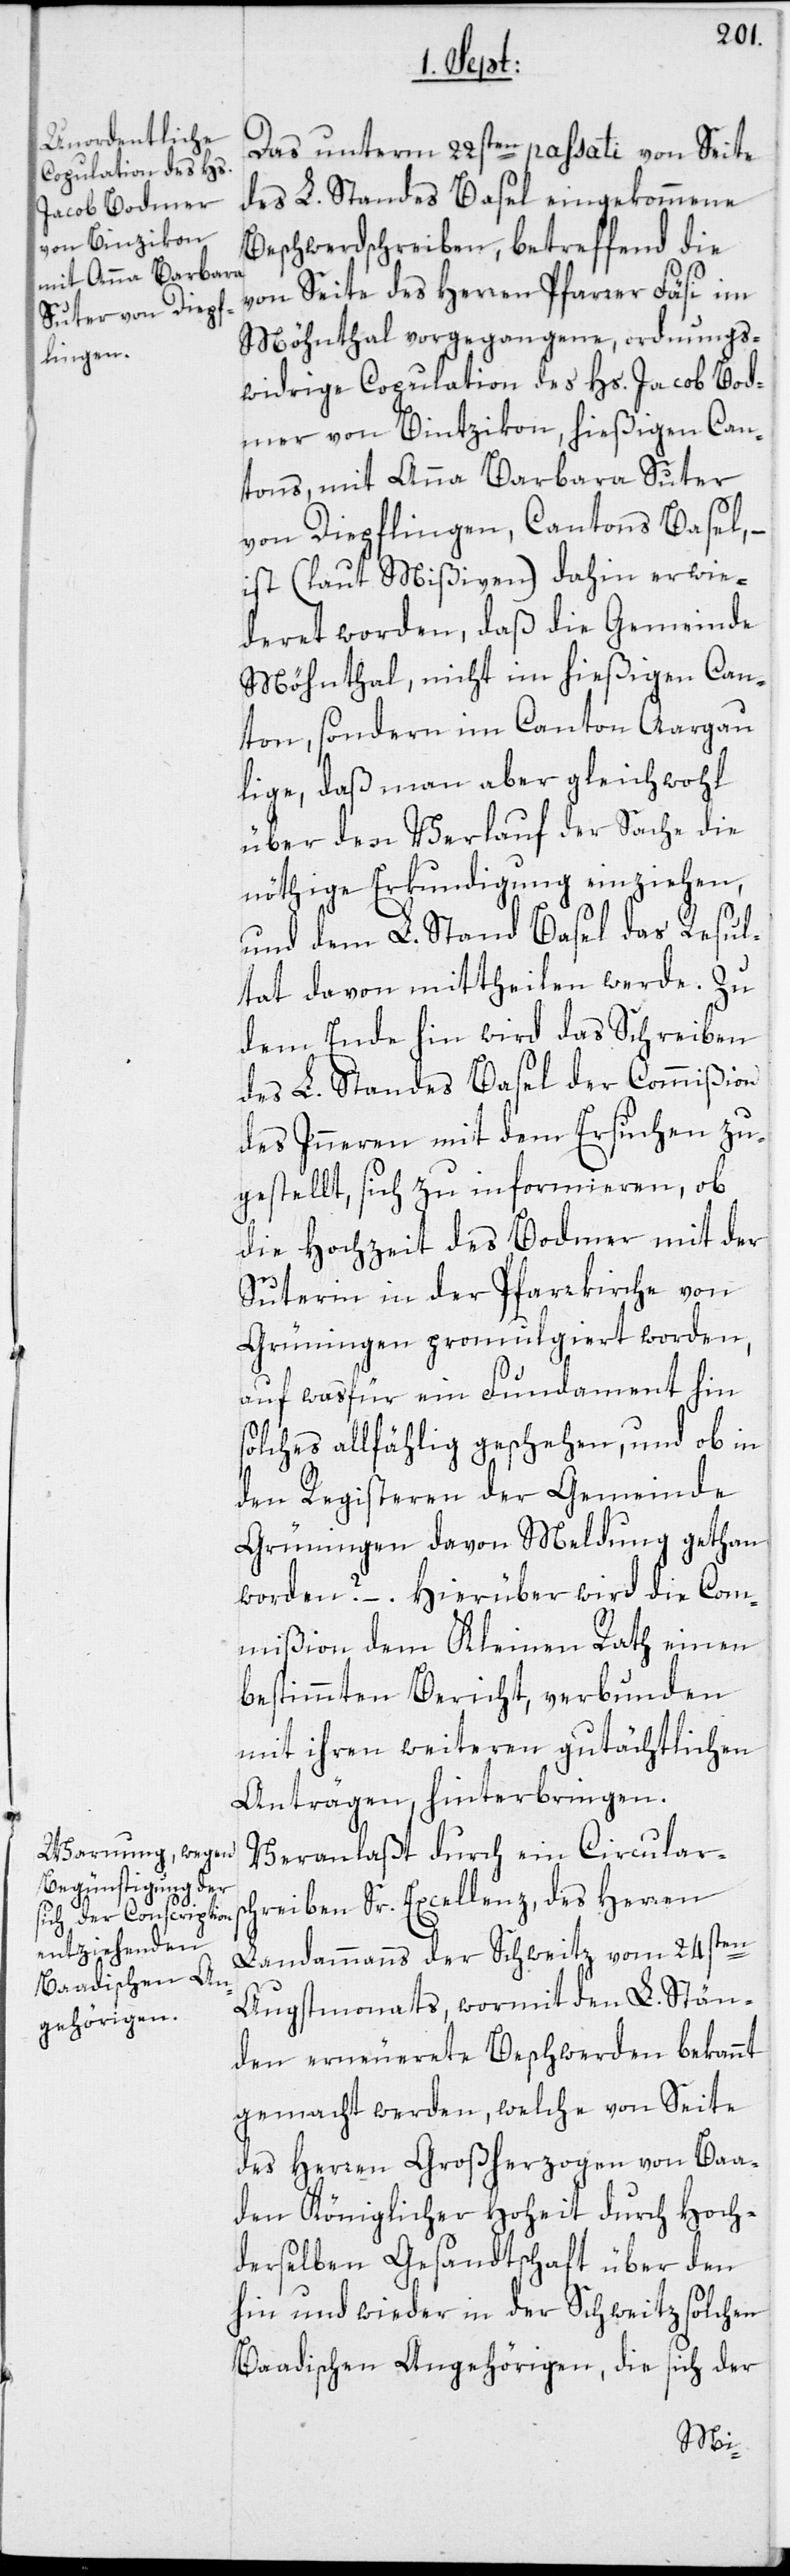
Das unterm 22sten passati von Seite
des L. Standes Basel eingekommene
Beschwerdschreiben, betreffend die
von Seite des Herren Pfarrer Fäsi im
Möhnthal vorgegangene, ordnungs¬
widrige Copulation des Hs. Jacob Bod¬
mer von Bintzikon, hießigen Can¬
tons, mit Anna Barbara Suter
von Diepflingen, Cantons Basel,
ist (laut Mißiven) dahin erwi¬
deret worden, daß die Gemeinde
Möhnthal nicht im hießigen Can¬
ton sondern im Canton Aargau
lige, daß man aber gleichwohl
über den Verlauf der Sache die
nöthige Erkundigung einziehen,
und dem L. Stand Basel das Resul¬
tat davon mittheilen werde. Zu
dem Ende hin wird das Schreiben
des L. Standes Basel der Commißion
des Inneren mit dem Ersuchen zu¬
gestellt, sich zu informieren, ob
die Hochzeit des Bodmer mit der
Suterin in der Pfarrkirche von
Grüningen promulgiert worden,
auf wasfür ein Fundament hin
solches allfählig geschehen, und ob in
den Registeren der Gemeinde
Grüningen davon Meldung gethan
worden? –. Hierüber wird die Com¬
mißion dem Kleinen Rath einen
bestimmten Bericht, verbunden
mit ihren weiteren gutächtlichen
Anträgen, hinterbringen.
Veranlaßt durch ein Circulars¬
chreiben Sr. Excellenz, des Herren
Landammanns der Schweitz vom 24sten
Augstmonats, wormit den L. Stän¬
den erneuerete Beschwerden bekannt
gemacht werden, welche von Seite
des Herren Großherzogen von Baa¬
den Königlicher Hoheit durch Hoch¬
derselben Gesandtschaft über den
hin und wieder in der Schweitz solchen
Baadischen Angehörigen, die sich der